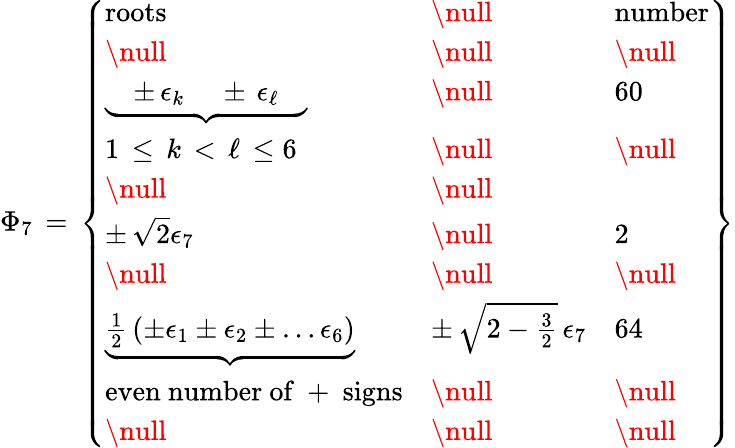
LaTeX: \Phi_{7}\, =\, \left\{ \begin{array}{lll}{{\mathrm{roots}}}&{{\null}}&{{\mathrm{number}}}\\ {{\null}}&{{\null}}&{{\null}}\\ {{{\underbrace{\quad\pm\, \epsilon_{k}\, \quad\pm\, \epsilon_{\ell}\quad}}}}&{{\null}}&{{60}}\\ {{1\, \le\, k\, <\, \ell\, \le 6}}&{{\null}}&{{\null}}\\ {{\null}}&{{\null}}\\ {{\pm\, \sqrt{2}\epsilon_{7}}}&{{\null}}&{{2}}\\ {{\null}}&{{\null}}&{{\null}}\\ {{{\underbrace{\frac 12\, \left(\pm\epsilon_{1}\pm\epsilon_{2}\pm\dots\epsilon_{6}\right)}}}}&{{\pm\, \sqrt{2-\frac 32}\, \epsilon_{7}}}&{{64}}\\ {{\mathrm{even~number~of~+~signs}}}&{{\null}}&{{\null}}\\ {{\null}}&{{\null}}&{{\null}}\end{array}\right\}